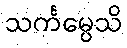
သင်္ကမ္ပေသိ